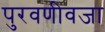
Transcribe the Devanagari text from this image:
पुरवणीवजा